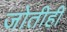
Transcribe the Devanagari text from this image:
जोतीही